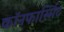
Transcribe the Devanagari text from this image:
कॉनफार्स्मिट